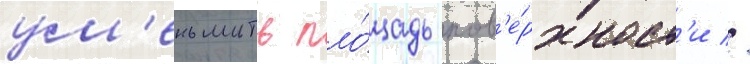
ум'еньшить пло́щадь пов'е́рхност'и //